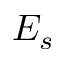
E _ { s }